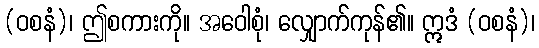
(ဝစနံ)၊ ဤစကားကို။ အဝေါစုံ၊ လျှောက်ကုန်၏။ ဣဒံ (ဝစနံ)၊